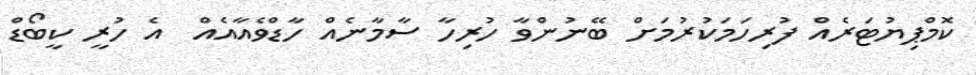
ކޮމްޕިޔުޓަރެއް ފުރިހަމަކުރުމަށް ބޭނުންވާ ހުރިހާ ސާމާނެއް ހާޑްވެއާއެއް  އެ ހުރީ ކީބޯޑް